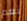
نعم